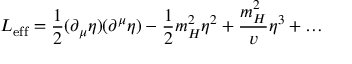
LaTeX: { \cal L } _ { \mathrm { e f f } } = \frac { 1 } { 2 } ( \partial _ { \mu } \eta ) ( \partial ^ { \mu } \eta ) - \frac { 1 } { 2 } m _ { H } ^ { 2 } \eta ^ { 2 } + { \frac { m _ { H } ^ { 2 } } { v } } \eta ^ { 3 } + \ldots